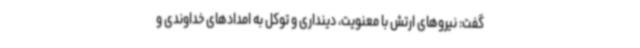
گفت: نیروهای ارتش با معنویت، دینداری و توکل به امدادهای خداوندی و